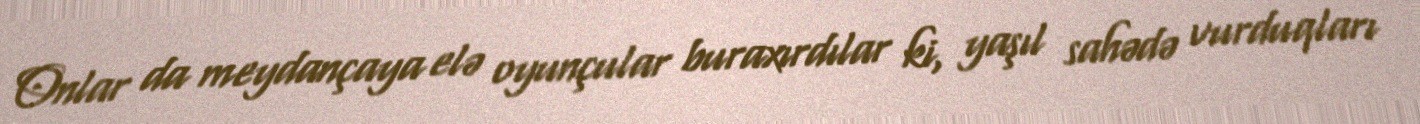
Onlar da meydançaya elə oyunçular buraxırdılar ki, yaşıl sahədə vurduqları